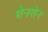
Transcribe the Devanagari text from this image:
शेनशेन